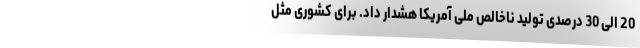
20 الی 30 درصدی تولید ناخالص ملی آمریکا هشدار داد. برای کشوری مثل